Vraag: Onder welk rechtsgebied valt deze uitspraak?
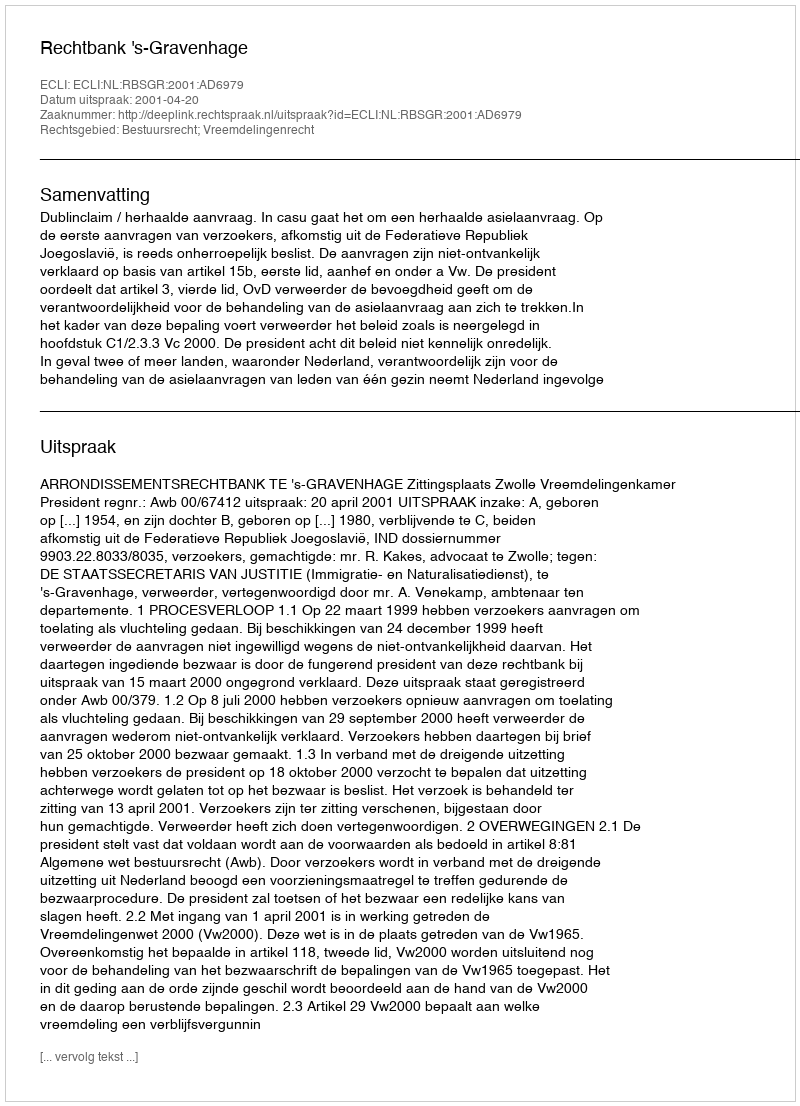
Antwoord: Bestuursrecht; Vreemdelingenrecht